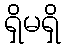
ရှိမရှိ